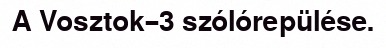
A Vosztok–3 szólórepülése.